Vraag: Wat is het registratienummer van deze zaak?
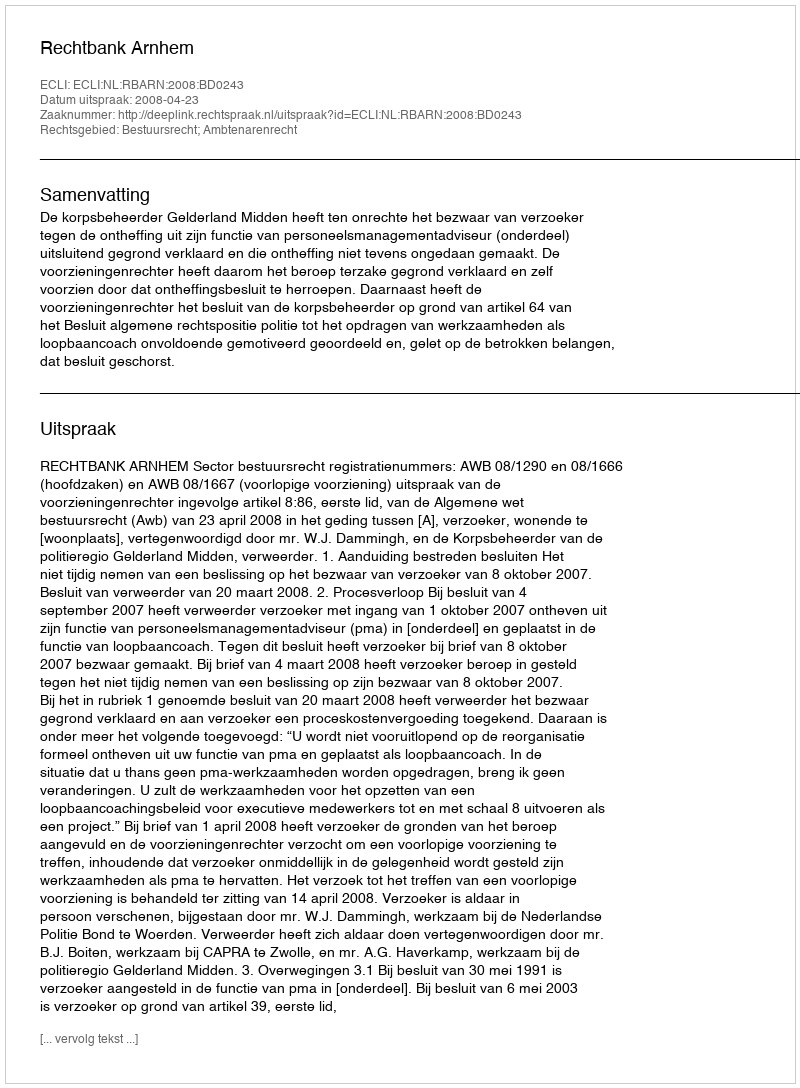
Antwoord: http://deeplink.rechtspraak.nl/uitspraak?id=ECLI:NL:RBARN:2008:BD0243